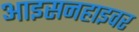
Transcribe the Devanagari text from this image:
आइसनहाइवर